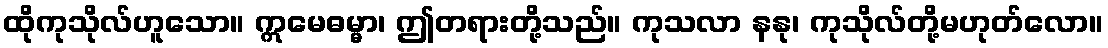
ထိုကုသိုလ်ဟူသော။ ဣမေဓမ္မာ၊ ဤတရားတို့သည်။ ကုသလာ နနု၊ ကုသိုလ်တို့မဟုတ်လော။